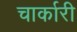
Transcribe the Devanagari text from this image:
चार्कारी